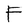
Character: F